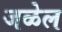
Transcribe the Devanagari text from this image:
जळेल